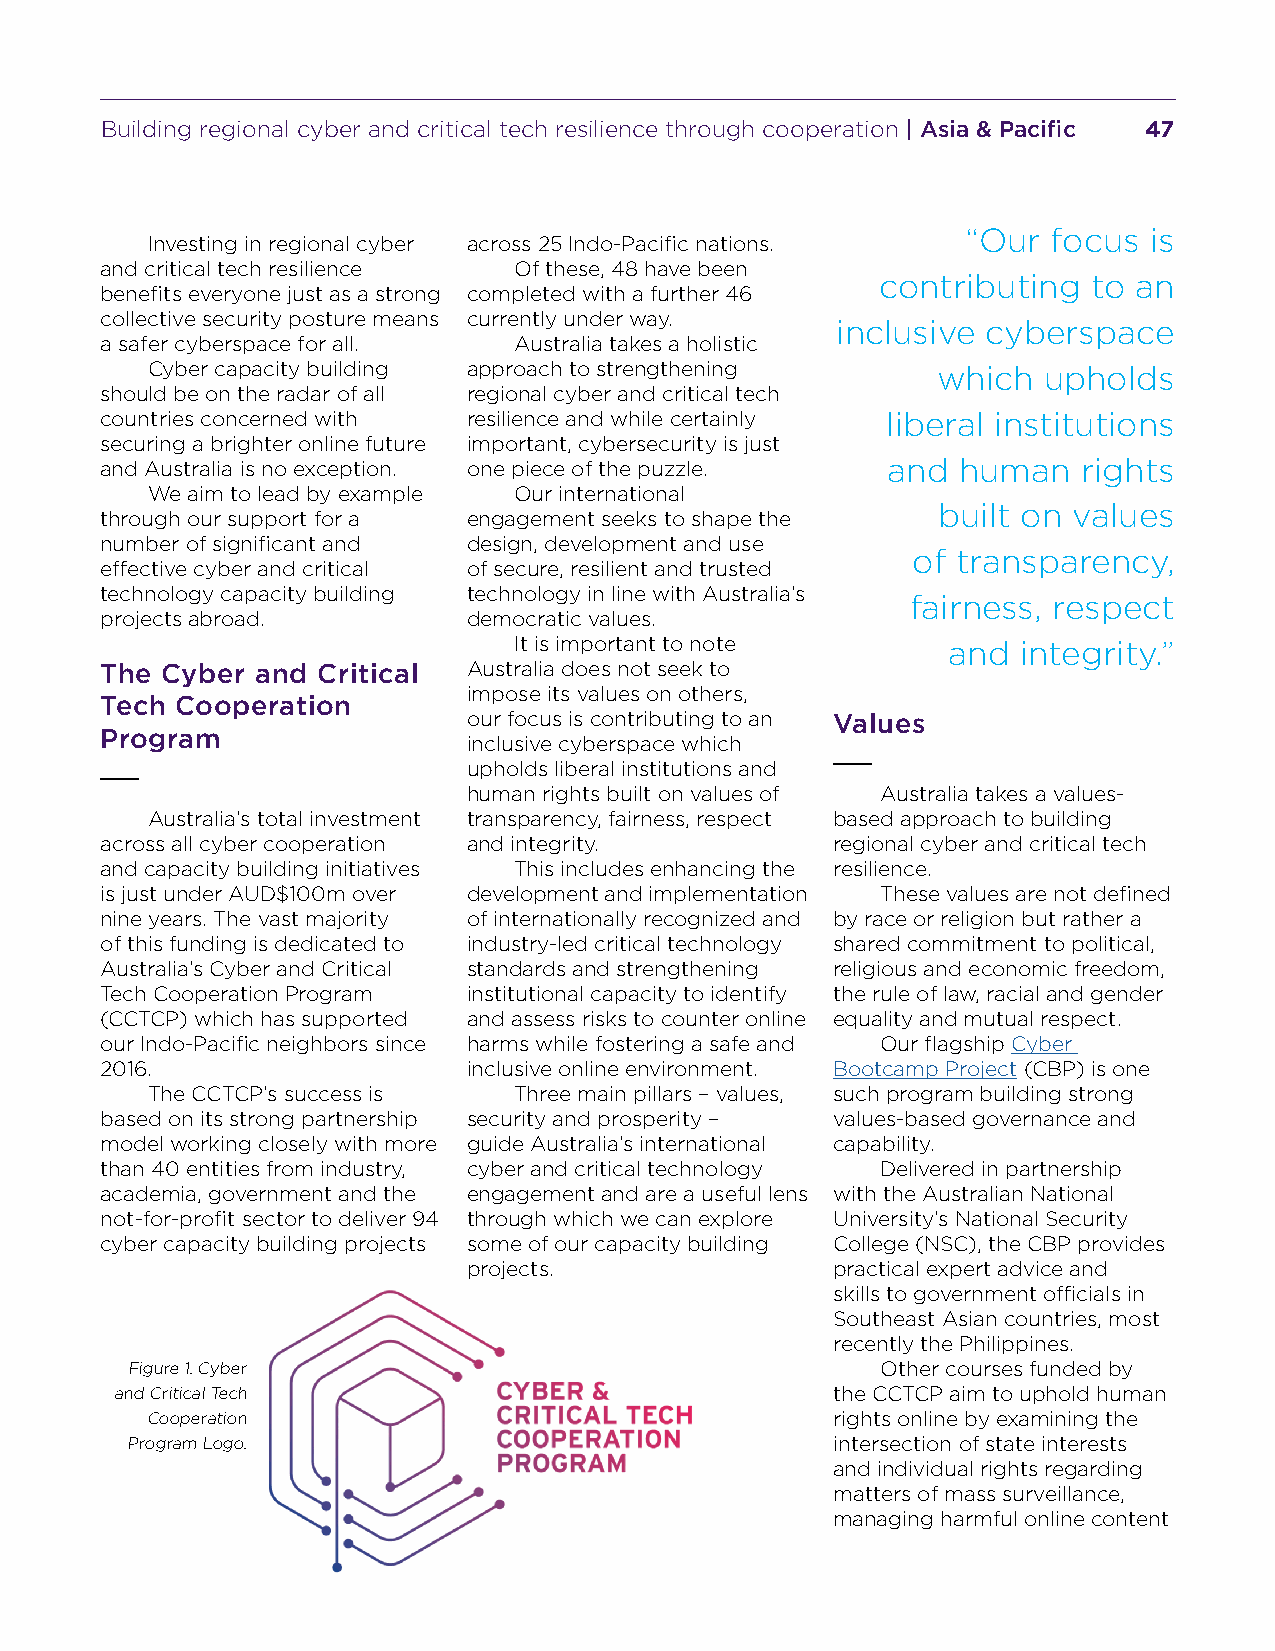
Building regional cyber and critical tech resilience through cooperation | Asia & Pacific 47
 “Our  focus is
 Investing in regional cyber across 25 Indo-Pacific nations.
 and critical tech resilience Of these, 48 have been
 contributing  to an
 benefits everyone just as a strong completed with a further 46
 collective security posture means currently under way.
 inclusive cyberspace
 a safer cyberspace for all. Australia takes a holistic
 Cyber capacity building approach to strengthening   which  upholds
 should be on the radar of all regional cyber and critical tech
 countries concerned with resilience and while certainly liberal institutions
 securing a brighter online future important, cybersecurity is just
 and Australia is no exception. one piece of the puzzle. and human rights
 We aim to lead by example Our international
 built on values
 through our support for a engagement seeks to shape the
 number of significant and design, development and use
 of transparency,
 effective cyber and critical of secure, resilient and trusted
 technology capacity building technology in line with Australia’s
 fairness, respect
 projects abroad.        democratic values.
 It is important to note      and  integrity.”
 The Cyber and Critical  Australia does not seek to
 impose its values on others,
 Tech Cooperation
 our focus is contributing to an Values
 Program
 inclusive cyberspace which
 upholds liberal institutions and
 human rights built on values of Australia takes a values-
 Australia’s total investment transparency, fairness, respect based approach to building
 across all cyber cooperation and integrity.     regional cyber and critical tech
 and capacity building initiatives This includes enhancing the resilience.
 is just under AUD$100m over development and implementation These values are not defined
 nine years. The vast majority of internationally recognized and by race or religion but rather a
 of this funding is dedicated to industry-led critical technology shared commitment to political,
 Australia’s Cyber and Critical standards and strengthening religious and economic freedom,
 Tech Cooperation Program institutional capacity to identify the rule of law, racial and gender
 (CCTCP) which has supported and assess risks to counter online equality and mutual respect.
 our Indo-Pacific neighbors since harms while fostering a safe and Our flagship Cyber
 2016.                   inclusive online environment. Bootcamp Project (CBP) is one
 The CCTCP’s success is  Three main pillars – values, such program building strong
 based on its strong partnership security and prosperity – values-based governance and
 model working closely with more guide Australia’s international capability.
 than 40 entities from industry, cyber and critical technology Delivered in partnership
 academia, government and the engagement and are a useful lens with the Australian National
 not-for-profit sector to deliver 94 through which we can explore University’s National Security
 cyber capacity building projects some of our capacity building College (NSC), the CBP provides
 projects.               practical expert advice and
 skills to government officials in
 Southeast Asian countries, most
 recently the Philippines.
 Figure 1. Cyber                                   Other courses funded by
 and Critical Tech                              the CCTCP aim to uphold human
 Cooperation                                  rights online by examining the
 Program Logo.                                  intersection of state interests
 and individual rights regarding
 matters of mass surveillance,
 managing harmful online content